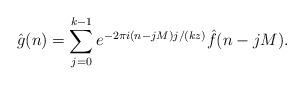
LaTeX: \begin{align*}\hat{g}(n) = \sum_{j=0}^{k-1} e^{-2\pi i(n-jM)j/(kz)} \hat{f}(n-jM).\end{align*}